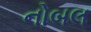
નોબલ